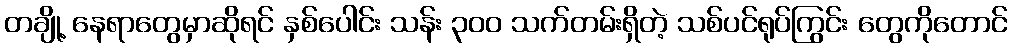
တချို့ နေရာတွေမှာဆိုရင် နှစ်ပေါင်း သန်း ၃၀၀ သက်တမ်းရှိတဲ့ သစ်ပင်ရုပ်ကြွင်း တွေကိုတောင်